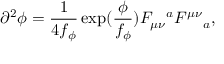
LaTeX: \partial ^ { 2 } \phi = \frac { 1 } { 4 f _ { \phi } } \exp ( \frac { \phi } { f _ { \phi } } ) F _ { \mu \nu } { } ^ { a } F ^ { \mu \nu } { } _ { a } ,